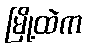
မြို့ထဲက